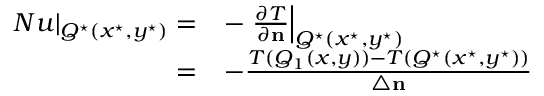
\begin{array} { r l } { \left. N u \right| _ { Q ^ { \star } ( x ^ { \star } , y ^ { \star } ) } = } & { - \left. \frac { \partial T } { \partial \mathbf { n } } \right| _ { Q ^ { \star } ( x ^ { \star } , y ^ { \star } ) } } \\ { = } & { - \frac { T ( Q _ { 1 } ( x , y ) ) - T ( Q ^ { \star } ( x ^ { \star } , y ^ { \star } ) ) } { \triangle \mathbf { n } } } \end{array}